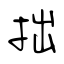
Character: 拙